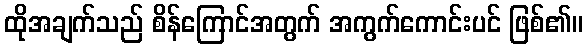
ထိုအချက်သည် စိန်ကြောင်အတွက် အကွက်ကောင်းပင် ဖြစ်၏။